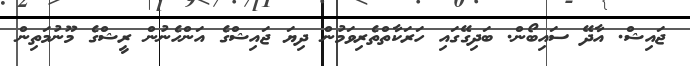
ޖައިޝް. އާދޭ ސައިބޯން. ބަދިގޭގައި ހަރަކާތްތެރިވަމުން ދިޔަ ޖައިޝްގެ އަންހެނުން ރީޝްގެ މޫނުމަތިން